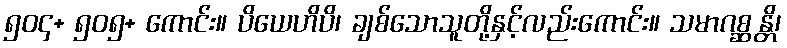
၅၀၄+ ၅၀၅+ ကောင်း။ ပိယေဟိပိ၊ ချစ်သောသူတို့နှင့်လည်းကောင်း။ သမာဂစ္ဆန္တိ၊